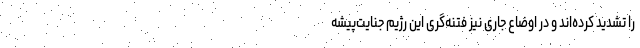
را تشدید کرده‌اند و در اوضاع جاری نیز فتنه‌گری این رژیم جنایت‌پیشه